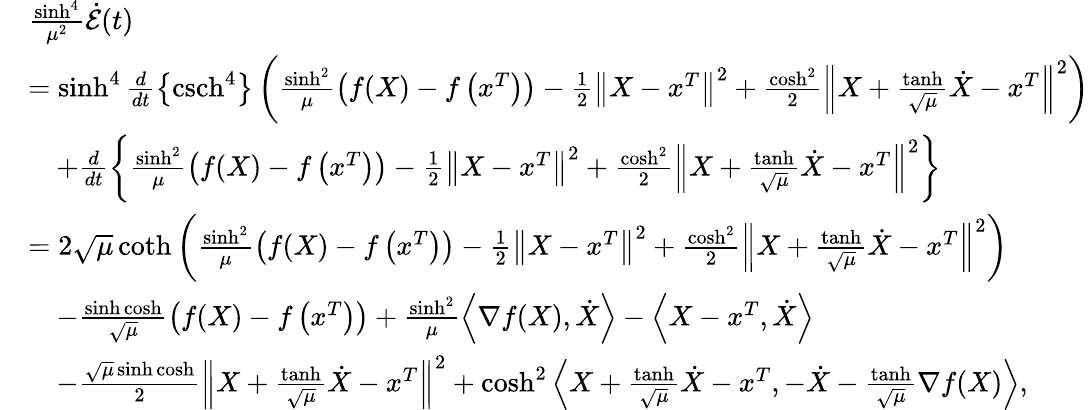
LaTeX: \begin{array}{rl}&{\frac{\sinh^{4}}{\mu^{2}}\dot{\mathcal{E}}(t)}\\ &{=\sinh^{4}\frac{d}{dt}\left\{ \operatorname{csch}^{4}\right\} \left(\frac{\sinh^{2}}{\mu}\left(f(X)-f\left(x^{T}\right)\right)-\frac{1}{2}\left\Vert X-x^{T}\right\Vert^{2}+\frac{\cosh^{2}}{2}\left\Vert X+\frac{\operatorname{tanh}}{\sqrt{\mu}}\dot{X}-x^{T}\right\Vert^{2}\right)}\\ &{\quad+\frac{d}{dt}\left\{ \frac{\sinh^{2}}{\mu}\left(f(X)-f\left(x^{T}\right)\right)-\frac{1}{2}\left\Vert X-x^{T}\right\Vert^{2}+\frac{\cosh^{2}}{2}\left\Vert X+\frac{\operatorname{tanh}}{\sqrt{\mu}}\dot{X}-x^{T}\right\Vert^{2}\right\} }\\ &{=2\sqrt{\mu}\coth\left(\frac{\sinh^{2}}{\mu}\left(f(X)-f\left(x^{T}\right)\right)-\frac{1}{2}\left\Vert X-x^{T}\right\Vert^{2}+\frac{\cosh^{2}}{2}\left\Vert X+\frac{\operatorname{tanh}}{\sqrt{\mu}}\dot{X}-x^{T}\right\Vert^{2}\right)}\\ &{\quad-\frac{\sinh\cosh}{\sqrt{\mu}}\left(f(X)-f\left(x^{T}\right)\right)+\frac{\sinh^{2}}{\mu}\left\langle\nabla f(X),\dot{X}\right\rangle-\left\langle X-x^{T},\dot{X}\right\rangle}\\ &{\quad-\frac{\sqrt{\mu}\sinh\cosh}{2}\left\Vert X+\frac{\operatorname{tanh}}{\sqrt{\mu}}\dot{X}-x^{T}\right\Vert^{2}+\cosh^{2}\left\langle X+\frac{\operatorname{tanh}}{\sqrt{\mu}}\dot{X}-x^{T},-\dot{X}-\frac{\operatorname{tanh}}{\sqrt{\mu}}\nabla f(X)\right\rangle,}\end{array}